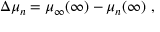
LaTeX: \Delta \mu _ { n } = \mu _ { \infty } ( \infty ) - \mu _ { n } ( \infty ) \ ,